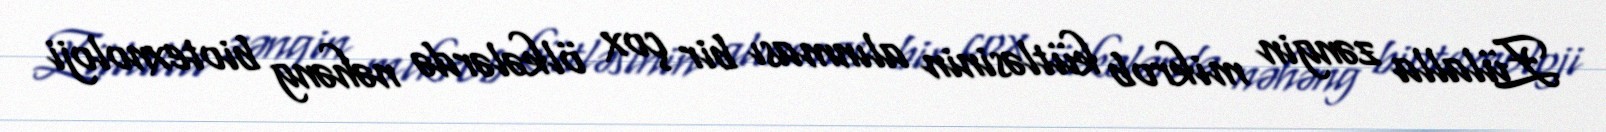
Zülalla zəngin mikrob kütləsinin alınması bir çox ölkələrdə nəhəng biotexnoloji